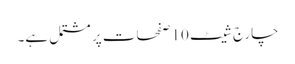
چارج شیٹ 10 صفحات پر مشتمل ہے۔